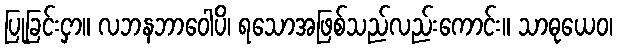
ပြုခြင်းငှာ။ လဘနဘာဝေါပိ၊ ရသောအဖြစ်သည်လည်းကောင်း။ သာဓုယေဝ၊